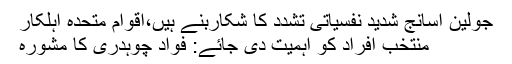
جولین اسانج شدید نفسیاتی تشدد کا شکاربنے ہیں،اقوام متحدہ اہلکار
منتخب افراد کو اہمیت دی جائے: فواد چوہدری کا مشورہ